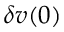
\delta v ( 0 )